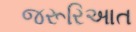
જરૂરિઆત